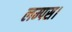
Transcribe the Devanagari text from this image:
लम्पस।